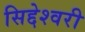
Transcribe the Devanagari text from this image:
सिद्देश्वरी